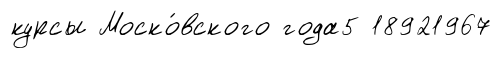
курсы Моско́вского года5 18921967